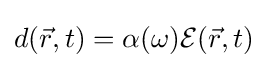
d({\vec {r}},t)=\alpha (\omega ){\mathcal {E}}({\vec {r}},t)